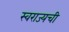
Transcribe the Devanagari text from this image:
स्वराज्यची